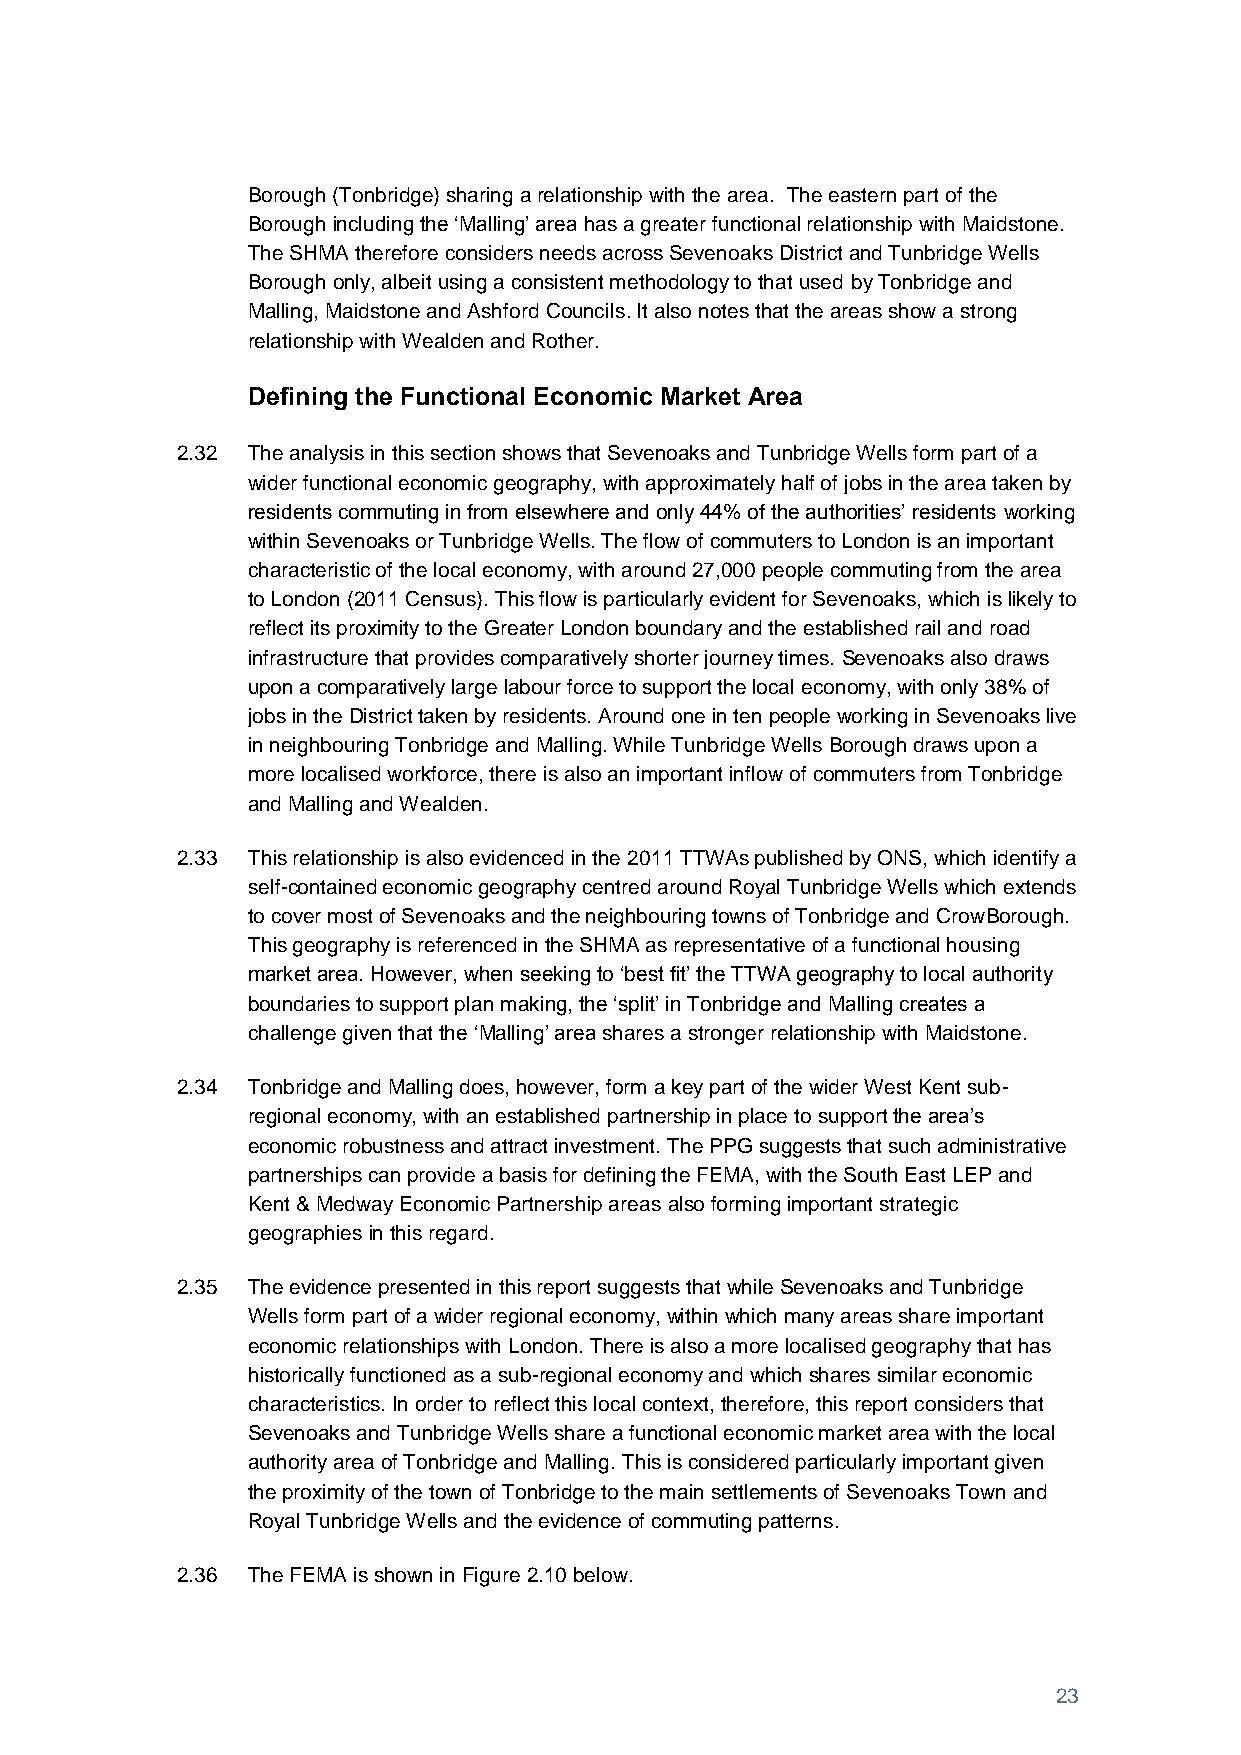
Borough (Tonbridge) sharing a relationship with the area. The eastern part of the
 Borough including the ‘Malling’ area has a greater functional relationship with Maidstone.
 The SHMA therefore considers needs across Sevenoaks District and Tunbridge Wells
 Borough only, albeit using a consistent methodology to that used by Tonbridge and
 Malling, Maidstone and Ashford Councils. It also notes that the areas show a strong
 relationship with Wealden and Rother.
 Defining the Functional Economic Market Area
 2.32 The analysis in this section shows that Sevenoaks and Tunbridge Wells form part of a
 wider functional economic geography, with approximately half of jobs in the area taken by
 residents commuting in from elsewhere and only 44% of the authorities’ residents working
 within Sevenoaks or Tunbridge Wells. The flow of commuters to London is an important
 characteristic of the local economy, with around 27,000 people commuting from the area
 to London (2011 Census). This flow is particularly evident for Sevenoaks, which is likely to
 reflect its proximity to the Greater London boundary and the established rail and road
 infrastructure that provides comparatively shorter journey times. Sevenoaks also draws
 upon a comparatively large labour force to support the local economy, with only 38% of
 jobs in the District taken by residents. Around one in ten people working in Sevenoaks live
 in neighbouring Tonbridge and Malling. While Tunbridge Wells Borough draws upon a
 more localised workforce, there is also an important inflow of commuters from Tonbridge
 and Malling and Wealden.
 2.33 This relationship is also evidenced in the 2011 TTWAs published by ONS, which identify a
 self-contained economic geography centred around Royal Tunbridge Wells which extends
 to cover most of Sevenoaks and the neighbouring towns of Tonbridge and CrowBorough.
 This geography is referenced in the SHMA as representative of a functional housing
 market area. However, when seeking to ‘best fit’ the TTWA geography to local authority
 boundaries to support plan making, the ‘split’ in Tonbridge and Malling creates a
 challenge given that the ‘Malling’ area shares a stronger relationship with Maidstone.
 2.34 Tonbridge and Malling does, however, form a key part of the wider West Kent sub-
 regional economy, with an established partnership in place to support the area’s
 economic robustness and attract investment. The PPG suggests that such administrative
 partnerships can provide a basis for defining the FEMA, with the South East LEP and
 Kent & Medway Economic Partnership areas also forming important strategic
 geographies in this regard.
 2.35 The evidence presented in this report suggests that while Sevenoaks and Tunbridge
 Wells form part of a wider regional economy, within which many areas share important
 economic relationships with London. There is also a more localised geography that has
 historically functioned as a sub-regional economy and which shares similar economic
 characteristics. In order to reflect this local context, therefore, this report considers that
 Sevenoaks and Tunbridge Wells share a functional economic market area with the local
 authority area of Tonbridge and Malling. This is considered particularly important given
 the proximity of the town of Tonbridge to the main settlements of Sevenoaks Town and
 Royal Tunbridge Wells and the evidence of commuting patterns.
 2.36 The FEMA is shown in Figure 2.10 below.
 23